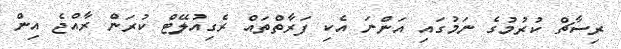
ރިސާޗް ކުރުމުގެ ނަމުގައި އަންނަ އެކި ފަރާތްތައް ރެގިއުލޭޓް ކުރަން ރާއްޖެ އިން